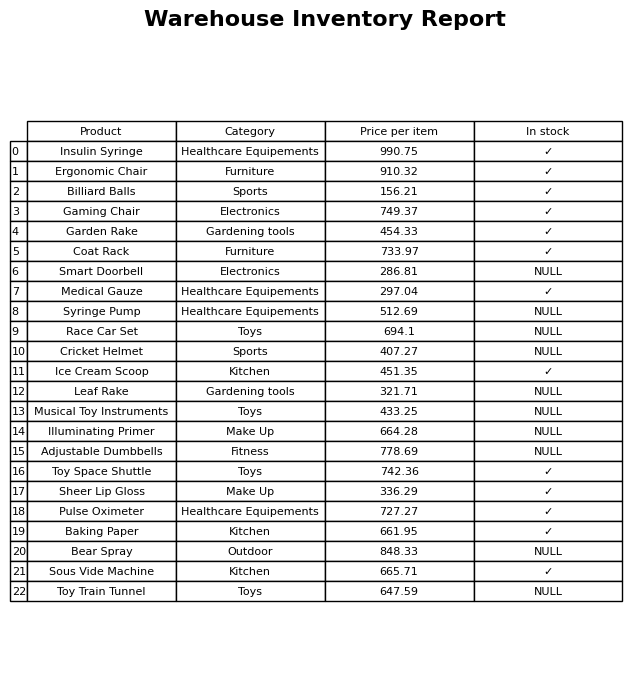
question: What is the stock status of the Bear Spray?
answer: NULL